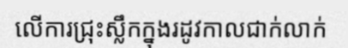
លើការជ្រុះស្លឹកក្នុងរដូវកាលជាក់លាក់